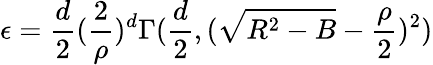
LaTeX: \epsilon=\frac{d}{2}(\frac{2}{\rho})^{d}\Gamma(\frac{d}{2},(\sqrt{R^{2}-B}-\frac{\rho}{2})^{2})